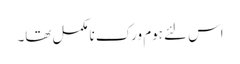
اس لئے ہوم ورک نامکمل تھا۔